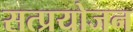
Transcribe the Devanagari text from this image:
सत्प्रयोजन